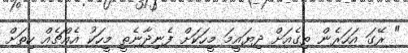
" ރޭގަ އަހަރެން ތިގެއަށް ދިޔައީމަ މީހަކަށް ފެނިދާނެތީ މީހަކު އެއްޗެއް ހިތަށް